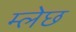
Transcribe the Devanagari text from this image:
म्लेछ